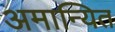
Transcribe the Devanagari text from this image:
अमान्यित